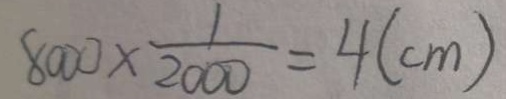
8 0 0 0 \times \frac { 1 } { 2 0 0 0 } = 4 ( c m )